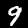
Label: 9